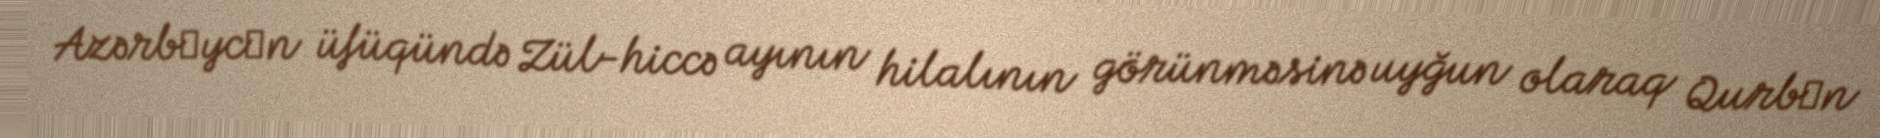
Azərbаycаn üfüqündə Zül-hiccə ayının hilalının görünməsinə uyğun olaraq Qurbаn